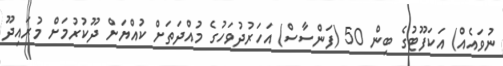
ނުވައެއް) އަކަފޫޓުގެ ބިން 50 (ފަންސާސް) އަހަރުދުވަހުގެ މުއްދަތަށް ކުއްޔަށް ދޫކުރުމަށް މުރައިދޫ